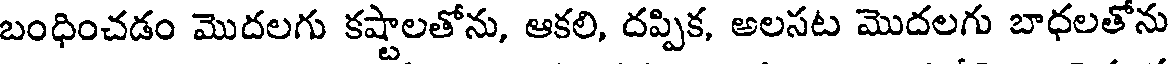
బంధించడం మొదలగు కష్టాలతోను, ఆకలి, దప్పిక, అలసట మొదలగు బాధలతోను